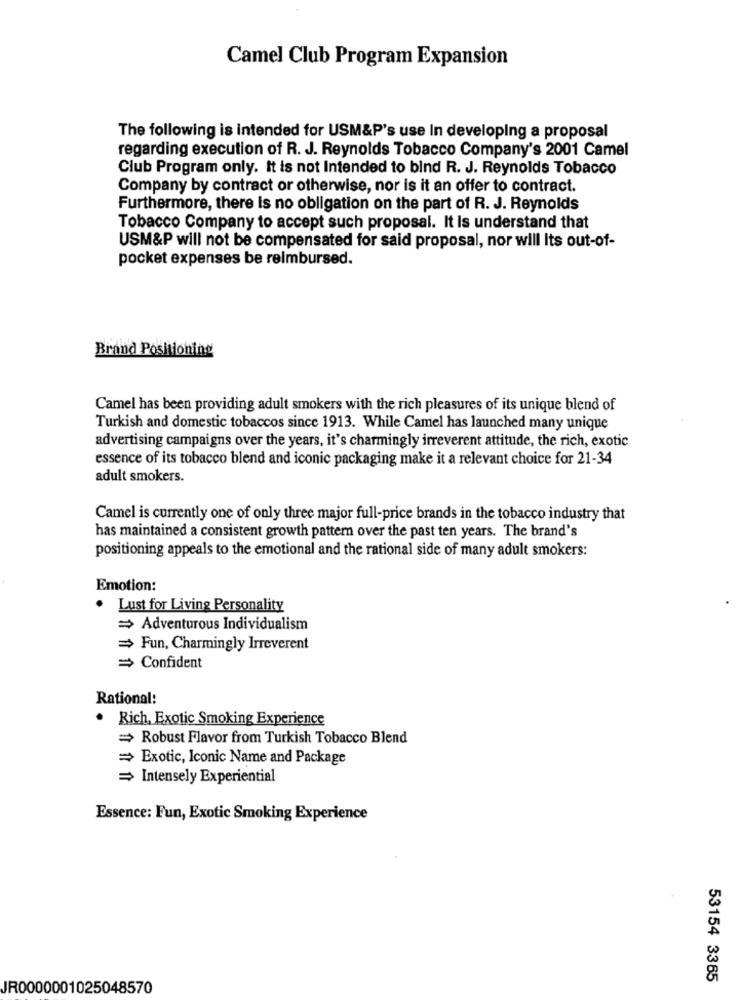
Camel Club Program Expansion
The following is intended for USM&P's use In developing a proposal
regarding execution of R. J. Reynolds Tobacco Company's 2001 Camel
Club Program only. It is not Intended to bind R. J. Reynolds Tobacco
Company by contract or otherwise, nor is it an offer to contract.
Furthermore, there is no obligation on the part of R. J. Reynolds
Tobacco Company to accept such proposal. It Is understand that
USM&P will not be compensated for said proposal, nor will Its out-of-
pocket expenses be reimbursed.
Brand Positioning
Camel has been providing adult smokers with the rich pleasures of its unique blend of
Turkish and domestic tobaccos since 1913. While Camel has launched many unique
advertising campaigns over the years, it's charmingly irreverent attitude, the rich, exotic
essence of its tobacco blend and iconic packaging make it a relevant choice for 21-34
adult smokers.
Camel is currently one of only three major full-price brands in the tobacco industry that
has maintained a consistent growth pattern over the past ten years. The brand's
positioning appeals to the emotional and the rational side of many adult smokers:
Emotion:
.
Lust for Living Personality
= Adventurous Individualism
= Fun, Charmingly Irreverent
= Confident
Rational:
Rich, Exotic Smoking Experience
= Robust Flavor from Turkish Tobacco Blend
= Exotic, Iconic Name and Package
= Intensely Experiential
Essence: Fun, Exotic Smoking Experience
53154 3365
JR0000001025048570